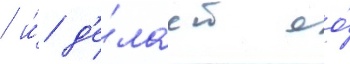
/ и́ д'е́лает ео́